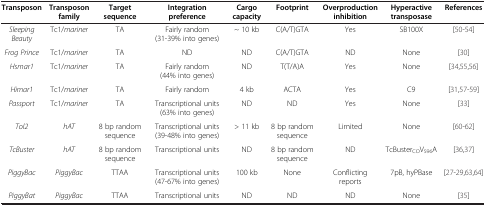
| Transposon | Transposon family | Target sequence | Integration preference | Cargo capacity | Footprint | Overproduction inhibition | Hyperactive transposase | References |
 | --- | --- | --- | --- | --- | --- | --- | --- | --- |
 | Sleeping Beauty | Tc1/mariner | TA | Fairly random (31-39% into genes) | ~ 10 kb | C(A/T)GTA | Yes | SB100X | [50-54] |
 | Frog Prince | Tc1/mariner | TA | ND | ND | C(A/T)GTA | ND | None | [30] |
 | Hsmar1 | Tc1/mariner | TA | Fairly random (44% into genes) | ND | T(T/A)A | Yes | None | [34,55,56] |
 | Himar1 | Tc1/mariner | TA | Fairly random | 4 kb | ACTA | Yes | C9 | [31,57-59] |
 | Passport | Tc1/mariner | TA | Transcriptional units (63% into genes) | ND | ND | Yes | None | [33] |
 | Tol2 | hAT | 8 bp random sequence | Transcriptional units (39-48% into genes) | > 11 kb | 8 bp random sequence | Limited | None | [60-62] |
 | TcBuster | hAT | 8 bp random sequence | Transcriptional units | ND | 8 bp random sequence | ND | TcBusterCOV596A | [36,37] |
 | PiggyBac | PiggyBac | TTAA | Transcriptional units (47-67% into genes) | 100 kb | None | Conflicting reports | 7pB, hyPBase | [27-29,63,64] |
 | PiggyBat | PiggyBac | TTAA | Transcriptional units | ND | ND | ND | None | [35] |